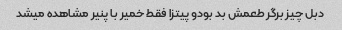
دبل چیز برگر طعمش بد بودو پیتزا فقط خمیر با پنیر مشاهده میشد